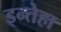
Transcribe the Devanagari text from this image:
इन्तेहा